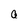
Character: a